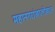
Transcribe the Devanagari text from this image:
महानगरांखालोखाल